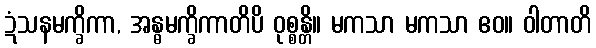
ဍံသနမက္ခိကာ, အန္ဓမက္ခိကာတိပိ ဝုစ္စန္တိ။ မကသာ မကသာ ဧဝ။ ဝါတာတိ